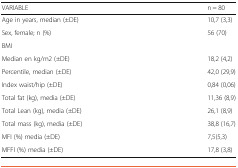
<table><thead><tr><td><b>VARIABLE</b></td><td><b>n = 80</b></td></tr></thead><tbody><tr><td>Age in years, median (±DE)</td><td>10,7 (3,3)</td></tr><tr><td>Sex, female; n (%)</td><td>56 (70)</td></tr><tr><td colspan="2">BMI</td></tr><tr><td>Median en kg/m2 (±DE)</td><td>18,2 (4,2)</td></tr><tr><td>Percentile, median (±DE)</td><td>42,0 (29,9)</td></tr><tr><td>Index waist/hip (±DE)</td><td>0,84 (0,06)</td></tr><tr><td>Total fat (kg), media (±DE)</td><td>11,36 (8,9)</td></tr><tr><td>Total Lean (kg), media (±DE)</td><td>26,1 (8,9)</td></tr><tr><td>Total mass (kg), media (±DE)</td><td>38,8 (16,7)</td></tr><tr><td>MFI (%) media (±DE)</td><td>7,5(5,3)</td></tr><tr><td>MFFI (%) media (±DE)</td><td>17,8 (3,8)</td></tr></tbody></table>